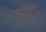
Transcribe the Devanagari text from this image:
टर्बोटेप